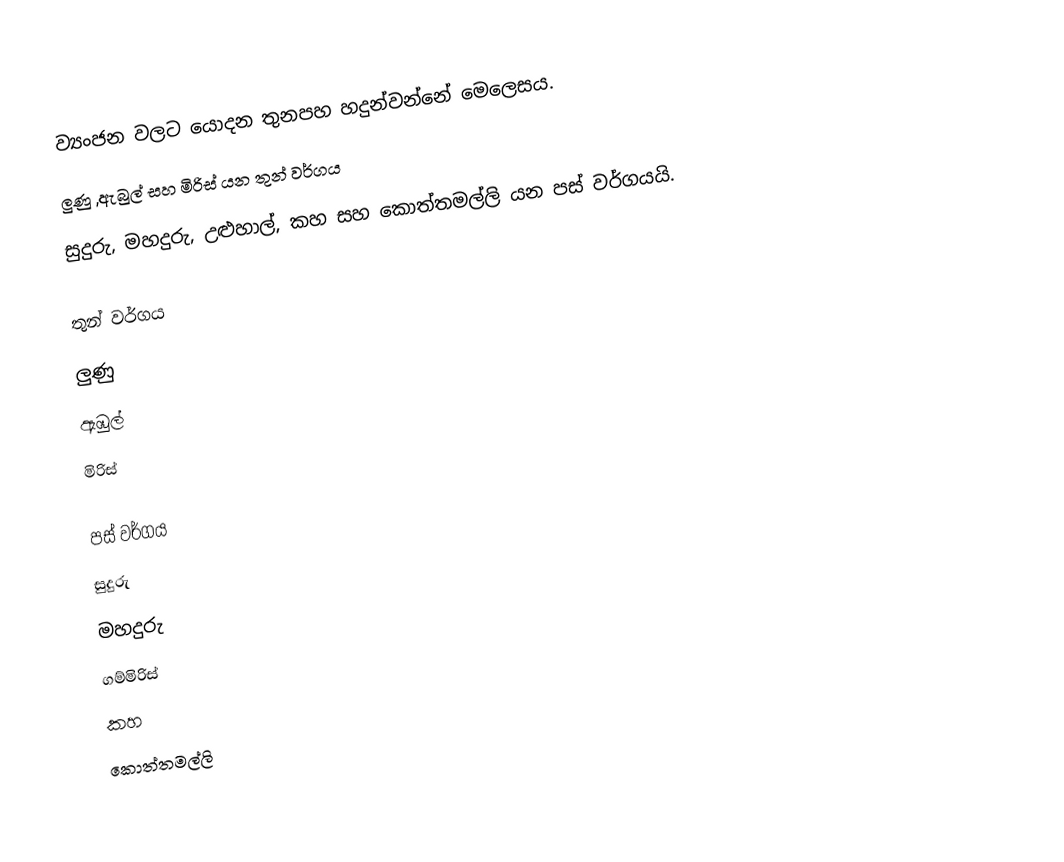
ව්‍යංජන වලට යොදන තුනපහ හදුන්වන්නේ මෙලෙසය.
ලුණු ,ඇබුල් සහ  මිරිස්  යන තුන් වර්ගය
සුදුරු, මහදුරු, උළුහාල්, කහ සහ  කොත්තමල්ලි යන පස් වර්ගයයි.

තුන් වර්ගය
 ලුණු
 ඇඹුල්
 මිරිස්

පස් වර්ගය
 සුදුරු
 මහදුරු
 ගම්මිරිස්
 කහ
 කොත්තමල්ලි